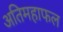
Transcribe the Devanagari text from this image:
अतिमहाफल